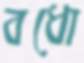
বধো